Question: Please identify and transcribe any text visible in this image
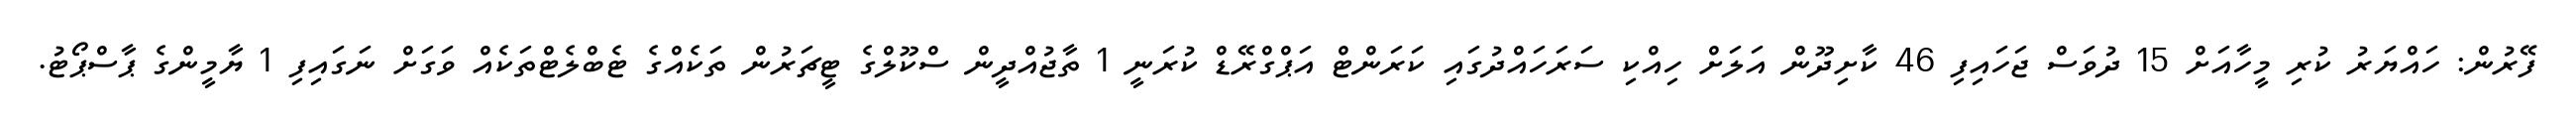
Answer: ފޭރުން: ހައްޔަރު ކުރި މީހާއަށް 15 ދުވަސް ޖަހައިފި 46 ކާށިދޫން އަލަށް ހިއްކި ސަރަހައްދުގައި ކަރަންޓް އަޕްގްރޭޑް ކުރަނީ 1 ތާޖުއްދީން ސްކޫލްގެ ޓީޗަރުން ތަކެއްގެ ޓެބްލެޓްތަކެއް ވަގަށް ނަގައިފި 1 ޔާމީންގެ ޕާސްޕޯޓު.